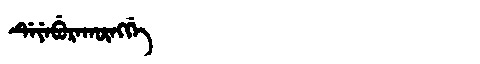
Manchu: ᡩᡝᠶᡝᠪᡠᡵᠠᡴᡡᠩᡤᡝ
Romanization: DEYEBURAKŪNGGE